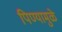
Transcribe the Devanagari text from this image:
पिण्यामुळे